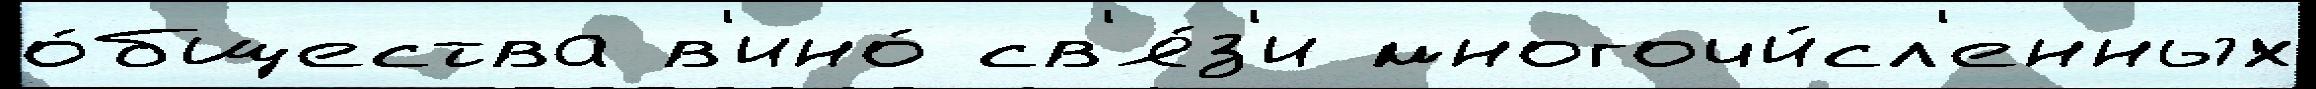
о́бщества в'ино́ св'я́з'и многочи́сл'енных